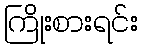
ကြိုးစားရင်း